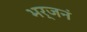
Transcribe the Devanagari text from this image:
भर्जनं